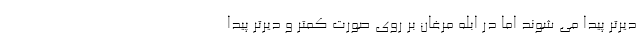
دیرتر پیدا می شوند اما در ابله مرغان بر روی صورت کمتر و دیرتر پیدا